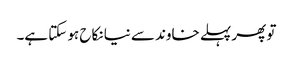
تو پھر پہلے خاوند سے نیا نکاح ہو سکتا ہے۔